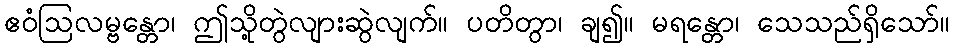
ဧဝံဩလမ္ဗန္တော၊ ဤသို့တွဲလျားဆွဲလျက်။ ပတိတွာ၊ ချ၍။ မရန္တော၊ သေသည်ရှိသော်။